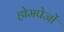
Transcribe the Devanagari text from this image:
होमपेजों